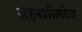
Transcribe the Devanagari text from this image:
सहनशीलतेच